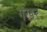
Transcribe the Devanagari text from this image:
गखर